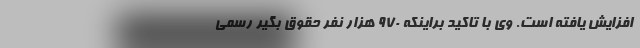
افزایش یافته است. وی با تاکید براینکه ۹۷۰ هزار نفر حقوق بگیر رسمی